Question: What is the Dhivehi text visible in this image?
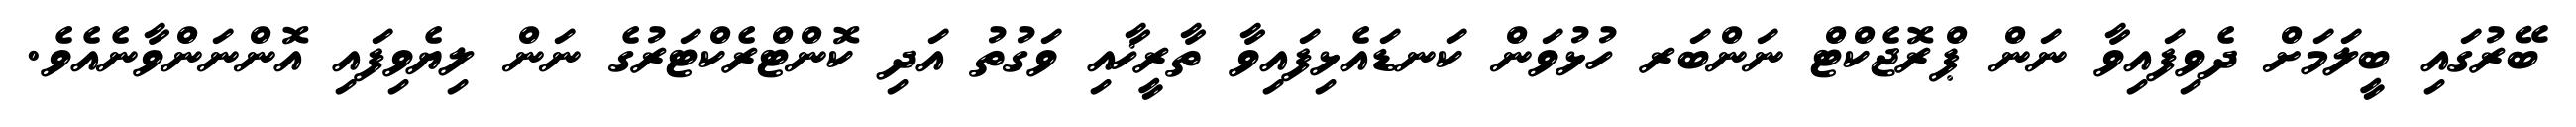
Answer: ބޭރުގައި ބީލަމަށް ދެވިފައިވާ ނަން ޕްރޮޖެކްޓް ނަންބަރ ހުޅުވަން ކަނޑައެޅިފައިވާ ތާރީޚާއި ވަގުތު އަދި ކޮންޓްރެކްޓަރުގެ ނަން ލިޔެވިފައި އޮންނަންވާނެއެވެ.